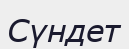
Сүндет